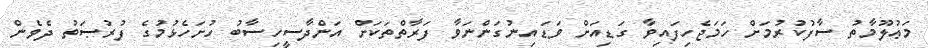
މަޢުލޫމާތު ސާފުކުރުމަށް ހަމަޖެހިފައިވާ ގަޑިއަށް ވަޑައިނުގަންނަވާ ފަރާތްތަކަށް އަންދާސީހިސާބު ހުށަހެޅުމުގެ ފުރުޞަތު ދެވެން